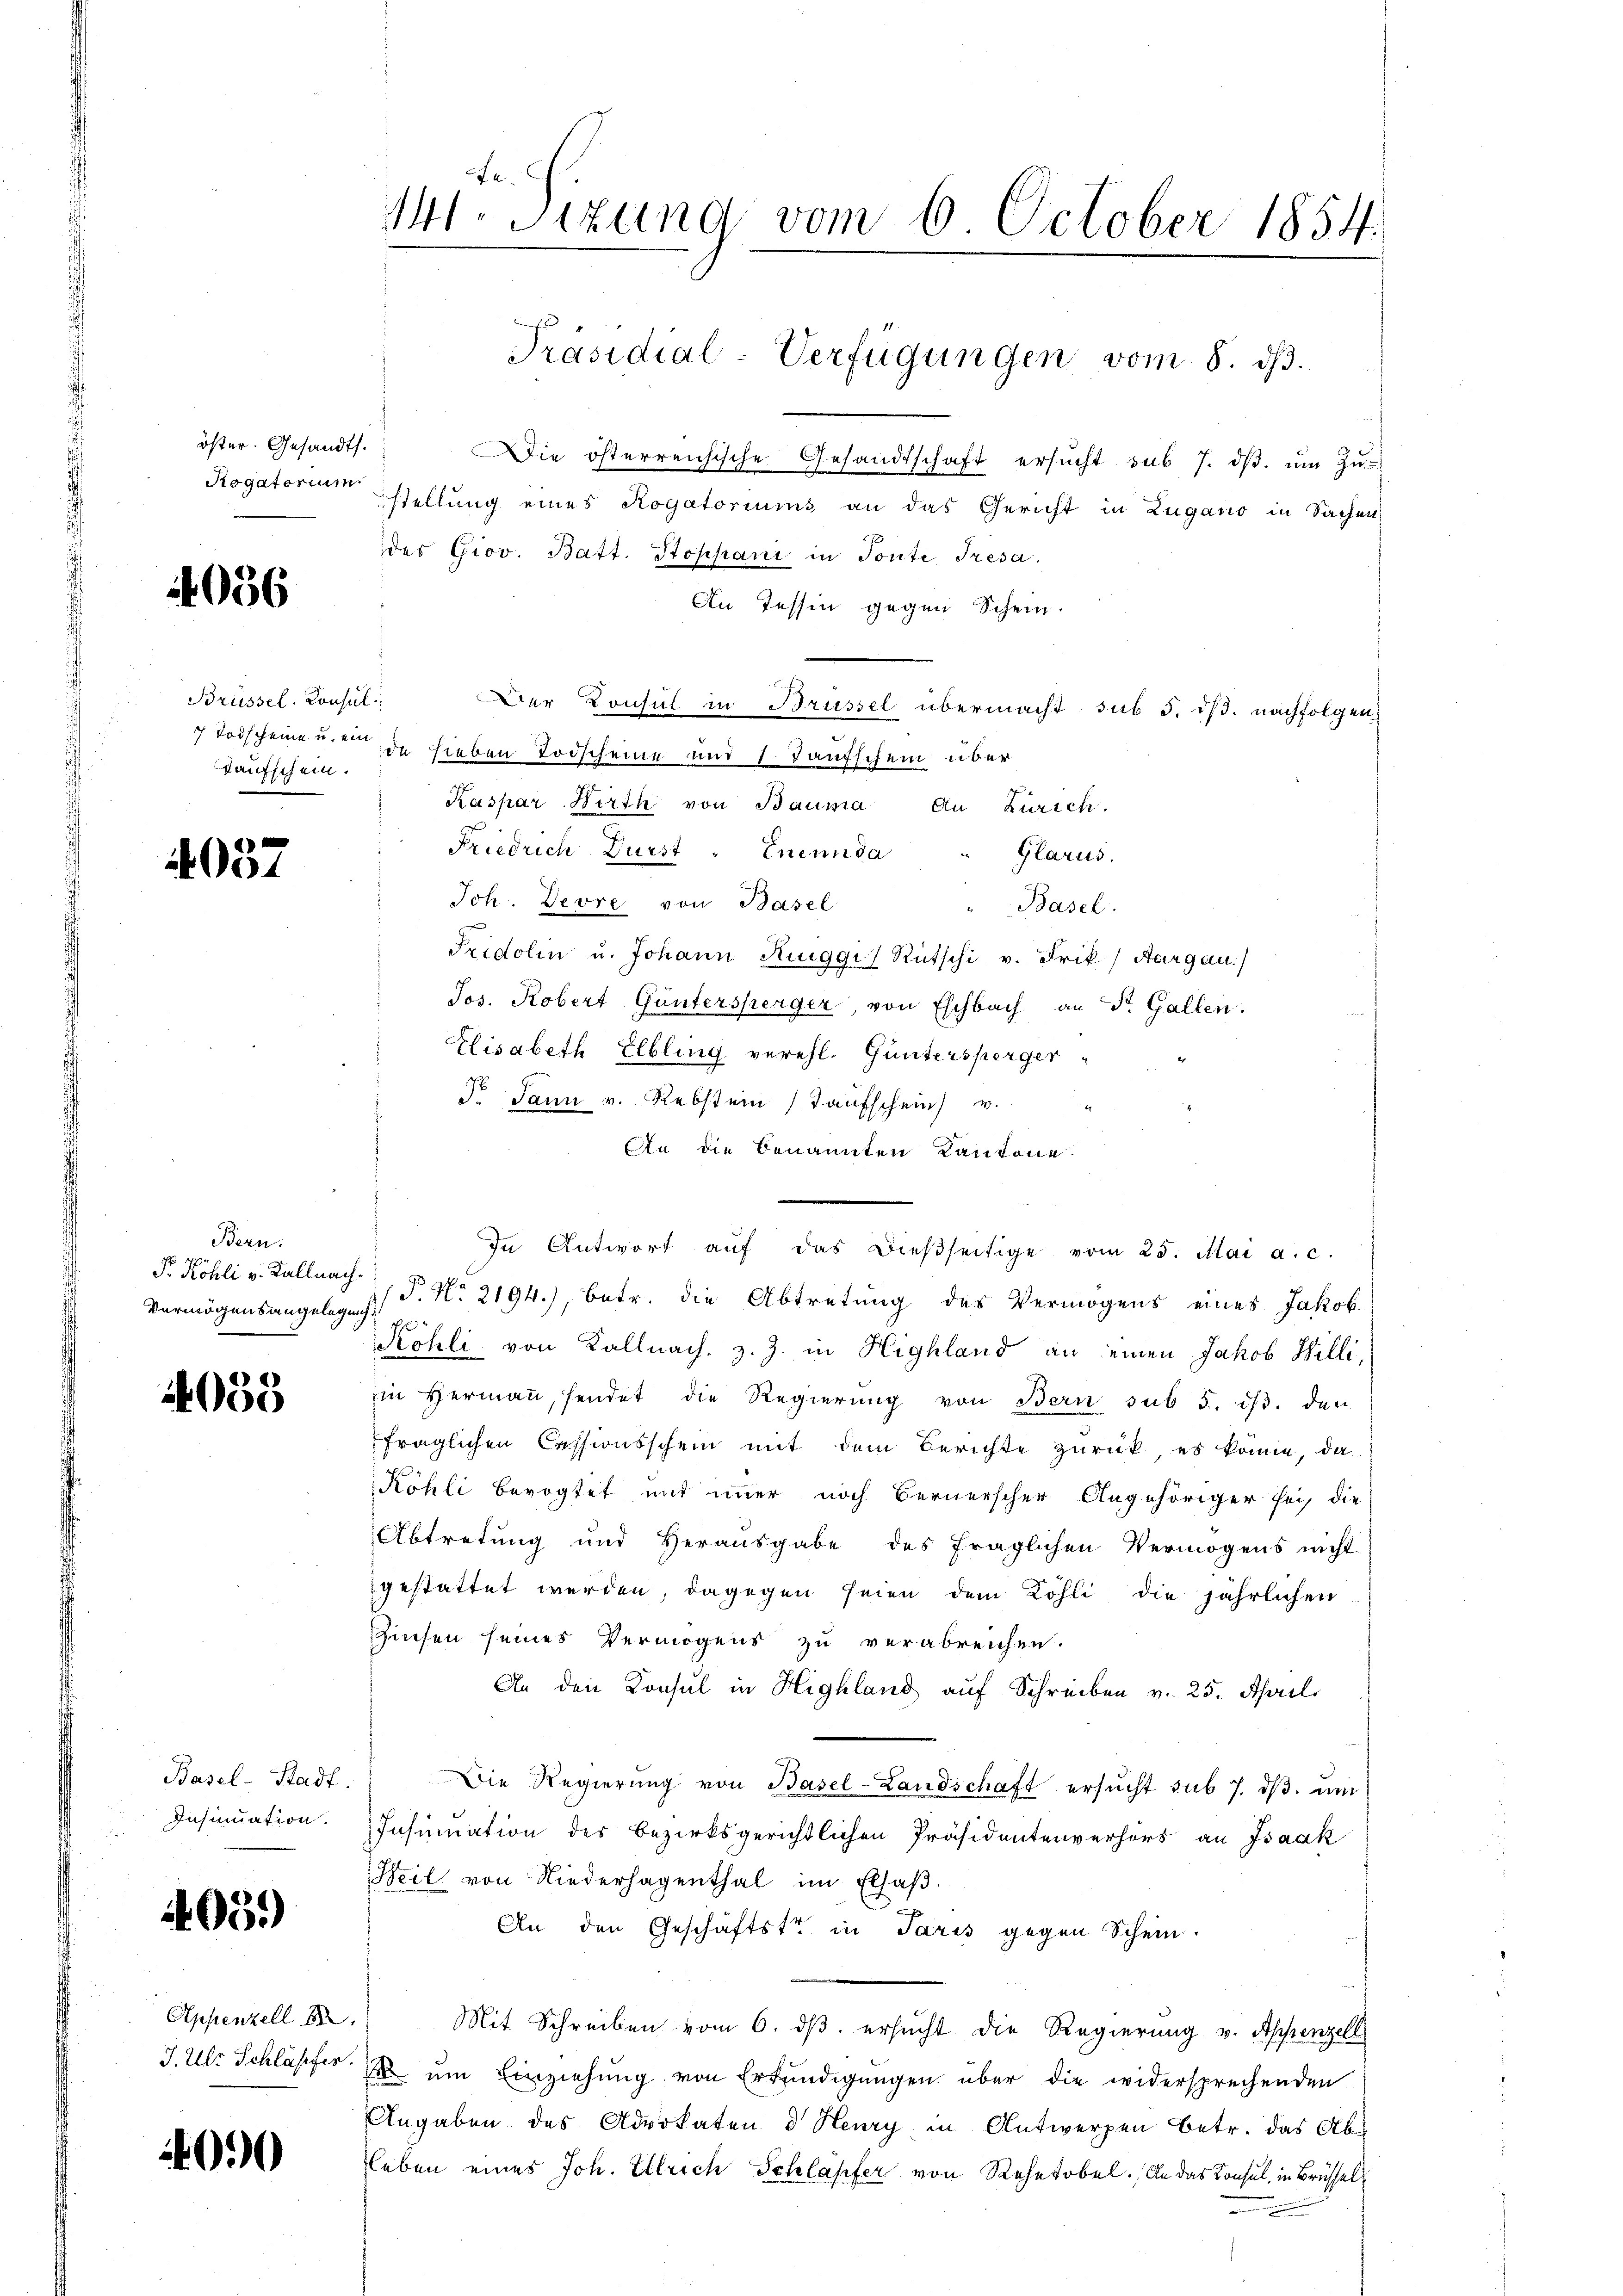
öster. Gesandts.

4056

Brüssel. Konsul
Taufschein.

037

Bern.
Vermögensangelegung.

4058

Basel-Stadt.
Insinuation.

05.)

Appenzell be
J. Ulr. Schläpfer.

2090

11. Sizung vom 6. October 1854.

Präsidial-Verfügungen vom 8. ds.

Die österreichische Gesandtschaft ersucht sub 7. ds. um Zu-
Rogatorium stellung eines Rogatoriums an das Gericht in Lugano in Sachen
des Giov. Batt. Stoppani in Tonte Tresa.
An Tessin gegen Schein.
Der Konsul in Brüssel übermacht sus 5. dß. nachfolgen
Todscheinenen de sieben Todscheine und 1. Taufschein über
Kaspar Wirth von Bauma An Zürich.
Friedrich Dürst " Enennda
Glarus.
Joh. Devre von Basel
"Basel.
Fridolin u. Johann Rueggis Rutschi v. Frik / Aargau)
Jos. Robert Guntersperger, von Eschbach an St. Gallen.
Elisabeth Elbling verehl. Guntersperger
Dr. Jann v. Rebstein Taufschein v.
An die benannten Kantone.
Fr. Köhli v. Kallnach § No 2194), betr. die Abtretung des Vermögens eines Jakob
Köhli von Kallnach, z. Z. in Highland an einen Jakob Willi,
in Hermann, sendet die Regierung von Bern sub 5. ist. den
fraglichen Cessionsschein mit dem Berichte zurück, es könne, da
Köhli Bevogtet und immer noch Bernerscher Angehöriger sei, die
Abtretung und Herausgabe des fraglichen Vermögens nicht
gestattet werden, dagegen seien dem Köhli die jährlichen
iesen seines Vermögens zu verabreichen.
An den Konsul in Highland auf Schreiben v. 25. April.
Die Regierung von Basel-Landschaft ersŭcht sub 7. dβ. um
Insumation des Bezirksgerichtlichen Präsidentenverhört an Isaak
Beil von Niederhagenthal im Elsaβ.
An den Geschäftstr in Paris gegen Schein.
Mit Schreiben vom 6. dβ. ersucht die Regierung v. Appenzell
 um Einziehung von Erkundigungen über die widersprechenden
Angaben des Advokaten d Henry in Antwerpen betr. das Ableben eines Joh. Ullrich Schlapfer von Rehetobel. An das Konsul, in Brüssel
.

In Antwort aŭf das dießseitige vom 25. Mai a. c.